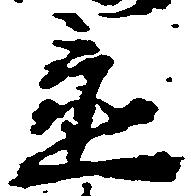
置